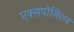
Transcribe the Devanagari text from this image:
एक्सपोजिशन